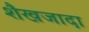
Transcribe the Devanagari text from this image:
शैखजादा